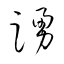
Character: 踴